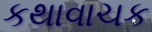
કથાવાચક